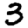
Digit: 3